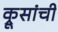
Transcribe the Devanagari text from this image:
क्रूसांची